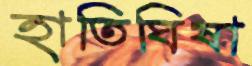
হাতিঘিষা